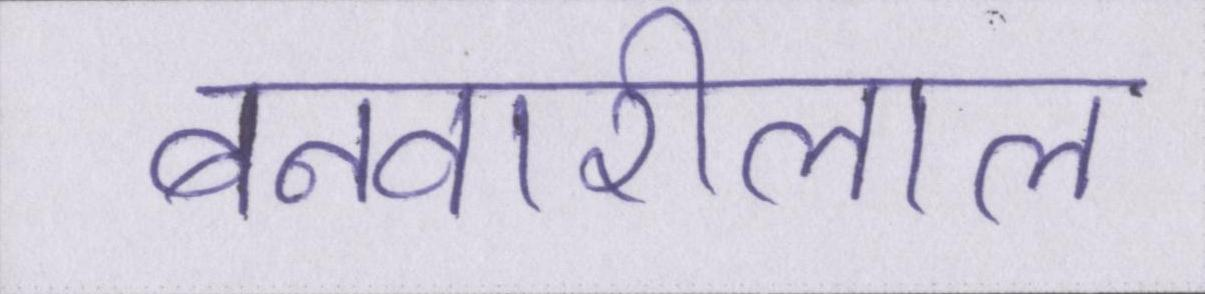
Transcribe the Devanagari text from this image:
बनवारीलाल